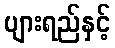
ပျားရည်နှင့်